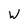
Character: W